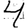
Digit: 4